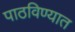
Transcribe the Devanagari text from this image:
पाठविण्‍यात